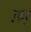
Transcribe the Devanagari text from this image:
फ़र्